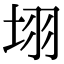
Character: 𭎛